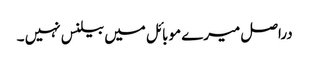
دراصل میرے موبائل میں بیلنس نہیں ۔